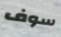
سوف